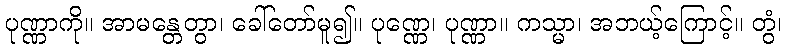
ပုဏ္ဏာကို။ အာမန္တေတွာ၊ ခေါ်တော်မူ၍။ ပုဏ္ဏေ၊ ပုဏ္ဏာ။ ကသ္မာ၊ အဘယ့်ကြောင့်။ တွံ၊